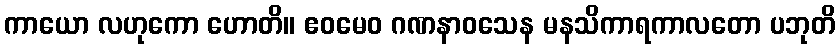
ကာယော လဟုကော ဟောတိ။ ဧဝမေဝ ဂဏနာဝသေန မနသိကာရကာလတော ပဘုတိ